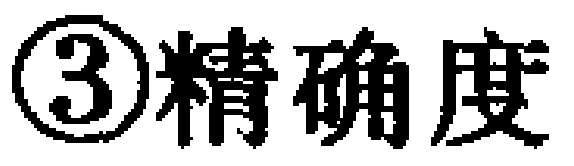
\textcircled{3}精确度